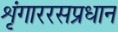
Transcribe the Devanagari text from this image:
शृंगाररसप्रधान